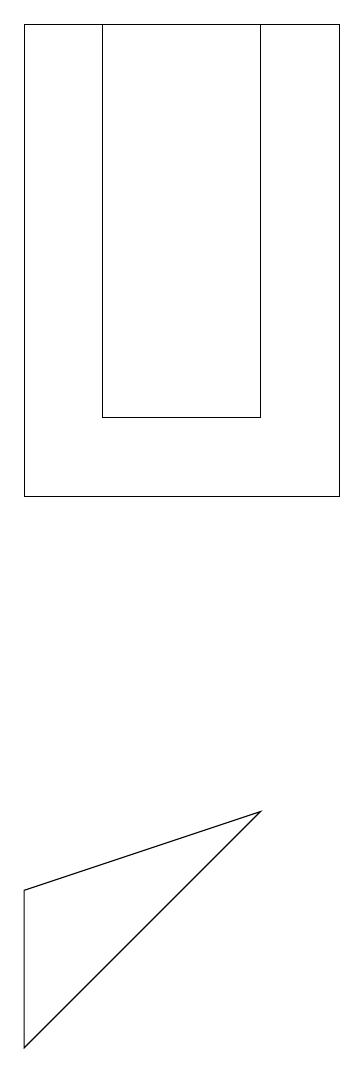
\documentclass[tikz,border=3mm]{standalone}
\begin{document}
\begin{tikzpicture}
\draw (9,11) rectangle (5,17);
\draw (8,17) rectangle (6,12);
\draw (5,4) -- (5,6) -- (8,7) -- cycle;
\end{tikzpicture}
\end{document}